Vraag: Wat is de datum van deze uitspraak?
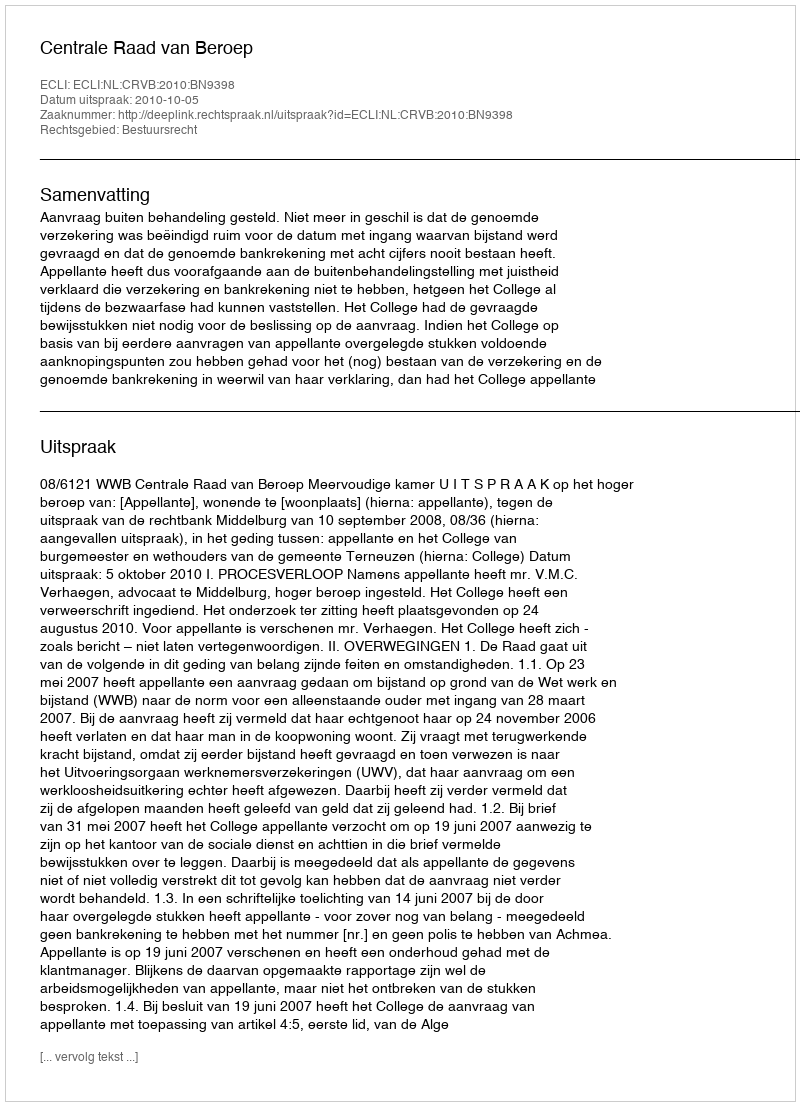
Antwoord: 2010-10-05